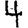
Digit: 4